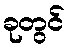
ခုတွင်